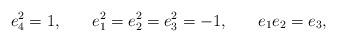
LaTeX: \begin{align*}e_4^2=1,\hspace{0.3in}e_1^2=e_2^2=e_3^2=-1,\hspace{0.3in}e_1e_2=e_3,\end{align*}